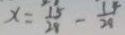
x = \frac { 1 5 } { 2 8 } - \frac { 1 4 } { 2 8 }